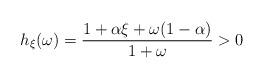
LaTeX: \begin{align*}h_{\xi}(\omega) = \frac{1 + \alpha \xi + \omega(1 - \alpha)}{1 + \omega} > 0\end{align*}